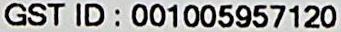
GST ID : 001005957120